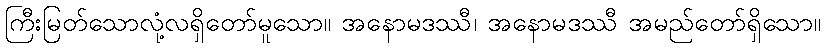
ကြီးမြတ်သောလုံ့လရှိတော်မူသော။ အနောမဒဿီ၊ အနောမဒဿီ အမည်တော်ရှိသော။